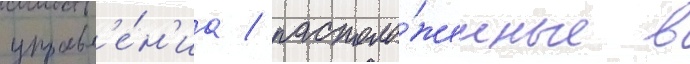
управл'е́н'иа / располо́женные в